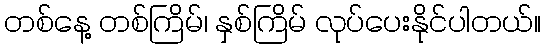
တစ်နေ့ တစ်ကြိမ်၊ နှစ်ကြိမ် လုပ်ပေးနိုင်ပါတယ်။